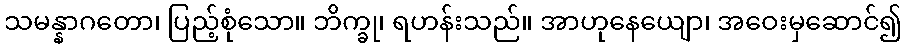
သမန္နာဂတော၊ ပြည့်စုံသော။ ဘိက္ခု၊ ရဟန်းသည်။ အာဟုနေယျော၊ အဝေးမှဆောင်၍